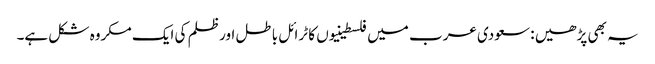
یہ بھی پڑھیں : سعودی عرب میں فلسطینیوں کا ٹرائل باطل اور ظلم کی ایک مکروہ شکل ہے۔